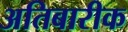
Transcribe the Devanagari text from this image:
अतिबारीक